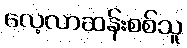
လေ့လာဆန်းစစ်သူ